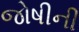
જોષીની